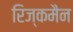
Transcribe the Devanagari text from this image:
रिज्कमैन